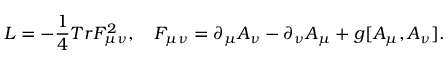
{ \cal L } = - \frac 1 4 T r F _ { \mu \nu } ^ { 2 } , \ \ \ F _ { \mu \nu } = \partial _ { \mu } A _ { \nu } - \partial _ { \nu } A _ { \mu } + g [ A _ { \mu } , A _ { \nu } ] .